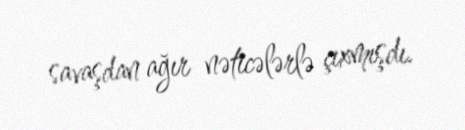
savaşdan ağır nəticələrlə çıxmışdı.